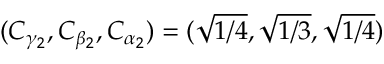
( C _ { \gamma _ { 2 } } , C _ { \beta _ { 2 } } , C _ { \alpha _ { 2 } } ) = ( \sqrt { 1 / 4 } , \sqrt { 1 / 3 } , \sqrt { 1 / 4 } )